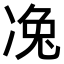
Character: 𠗟